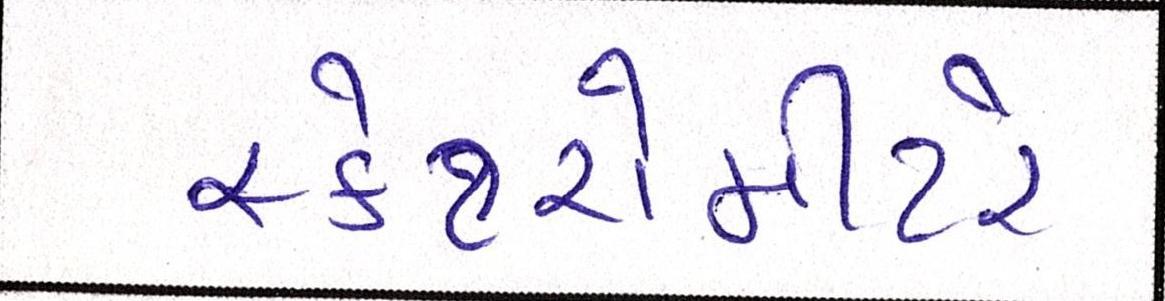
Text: સ્કેટરોમીટરે